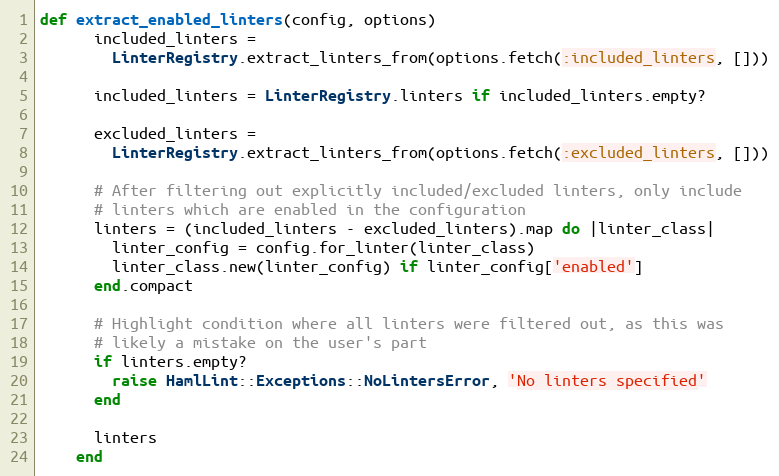
Language: Ruby
def extract_enabled_linters(config, options)
      included_linters =
        LinterRegistry.extract_linters_from(options.fetch(:included_linters, []))

      included_linters = LinterRegistry.linters if included_linters.empty?

      excluded_linters =
        LinterRegistry.extract_linters_from(options.fetch(:excluded_linters, []))

      # After filtering out explicitly included/excluded linters, only include
      # linters which are enabled in the configuration
      linters = (included_linters - excluded_linters).map do |linter_class|
        linter_config = config.for_linter(linter_class)
        linter_class.new(linter_config) if linter_config['enabled']
      end.compact

      # Highlight condition where all linters were filtered out, as this was
      # likely a mistake on the user's part
      if linters.empty?
        raise HamlLint::Exceptions::NoLintersError, 'No linters specified'
      end

      linters
    end